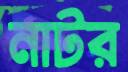
নাটর